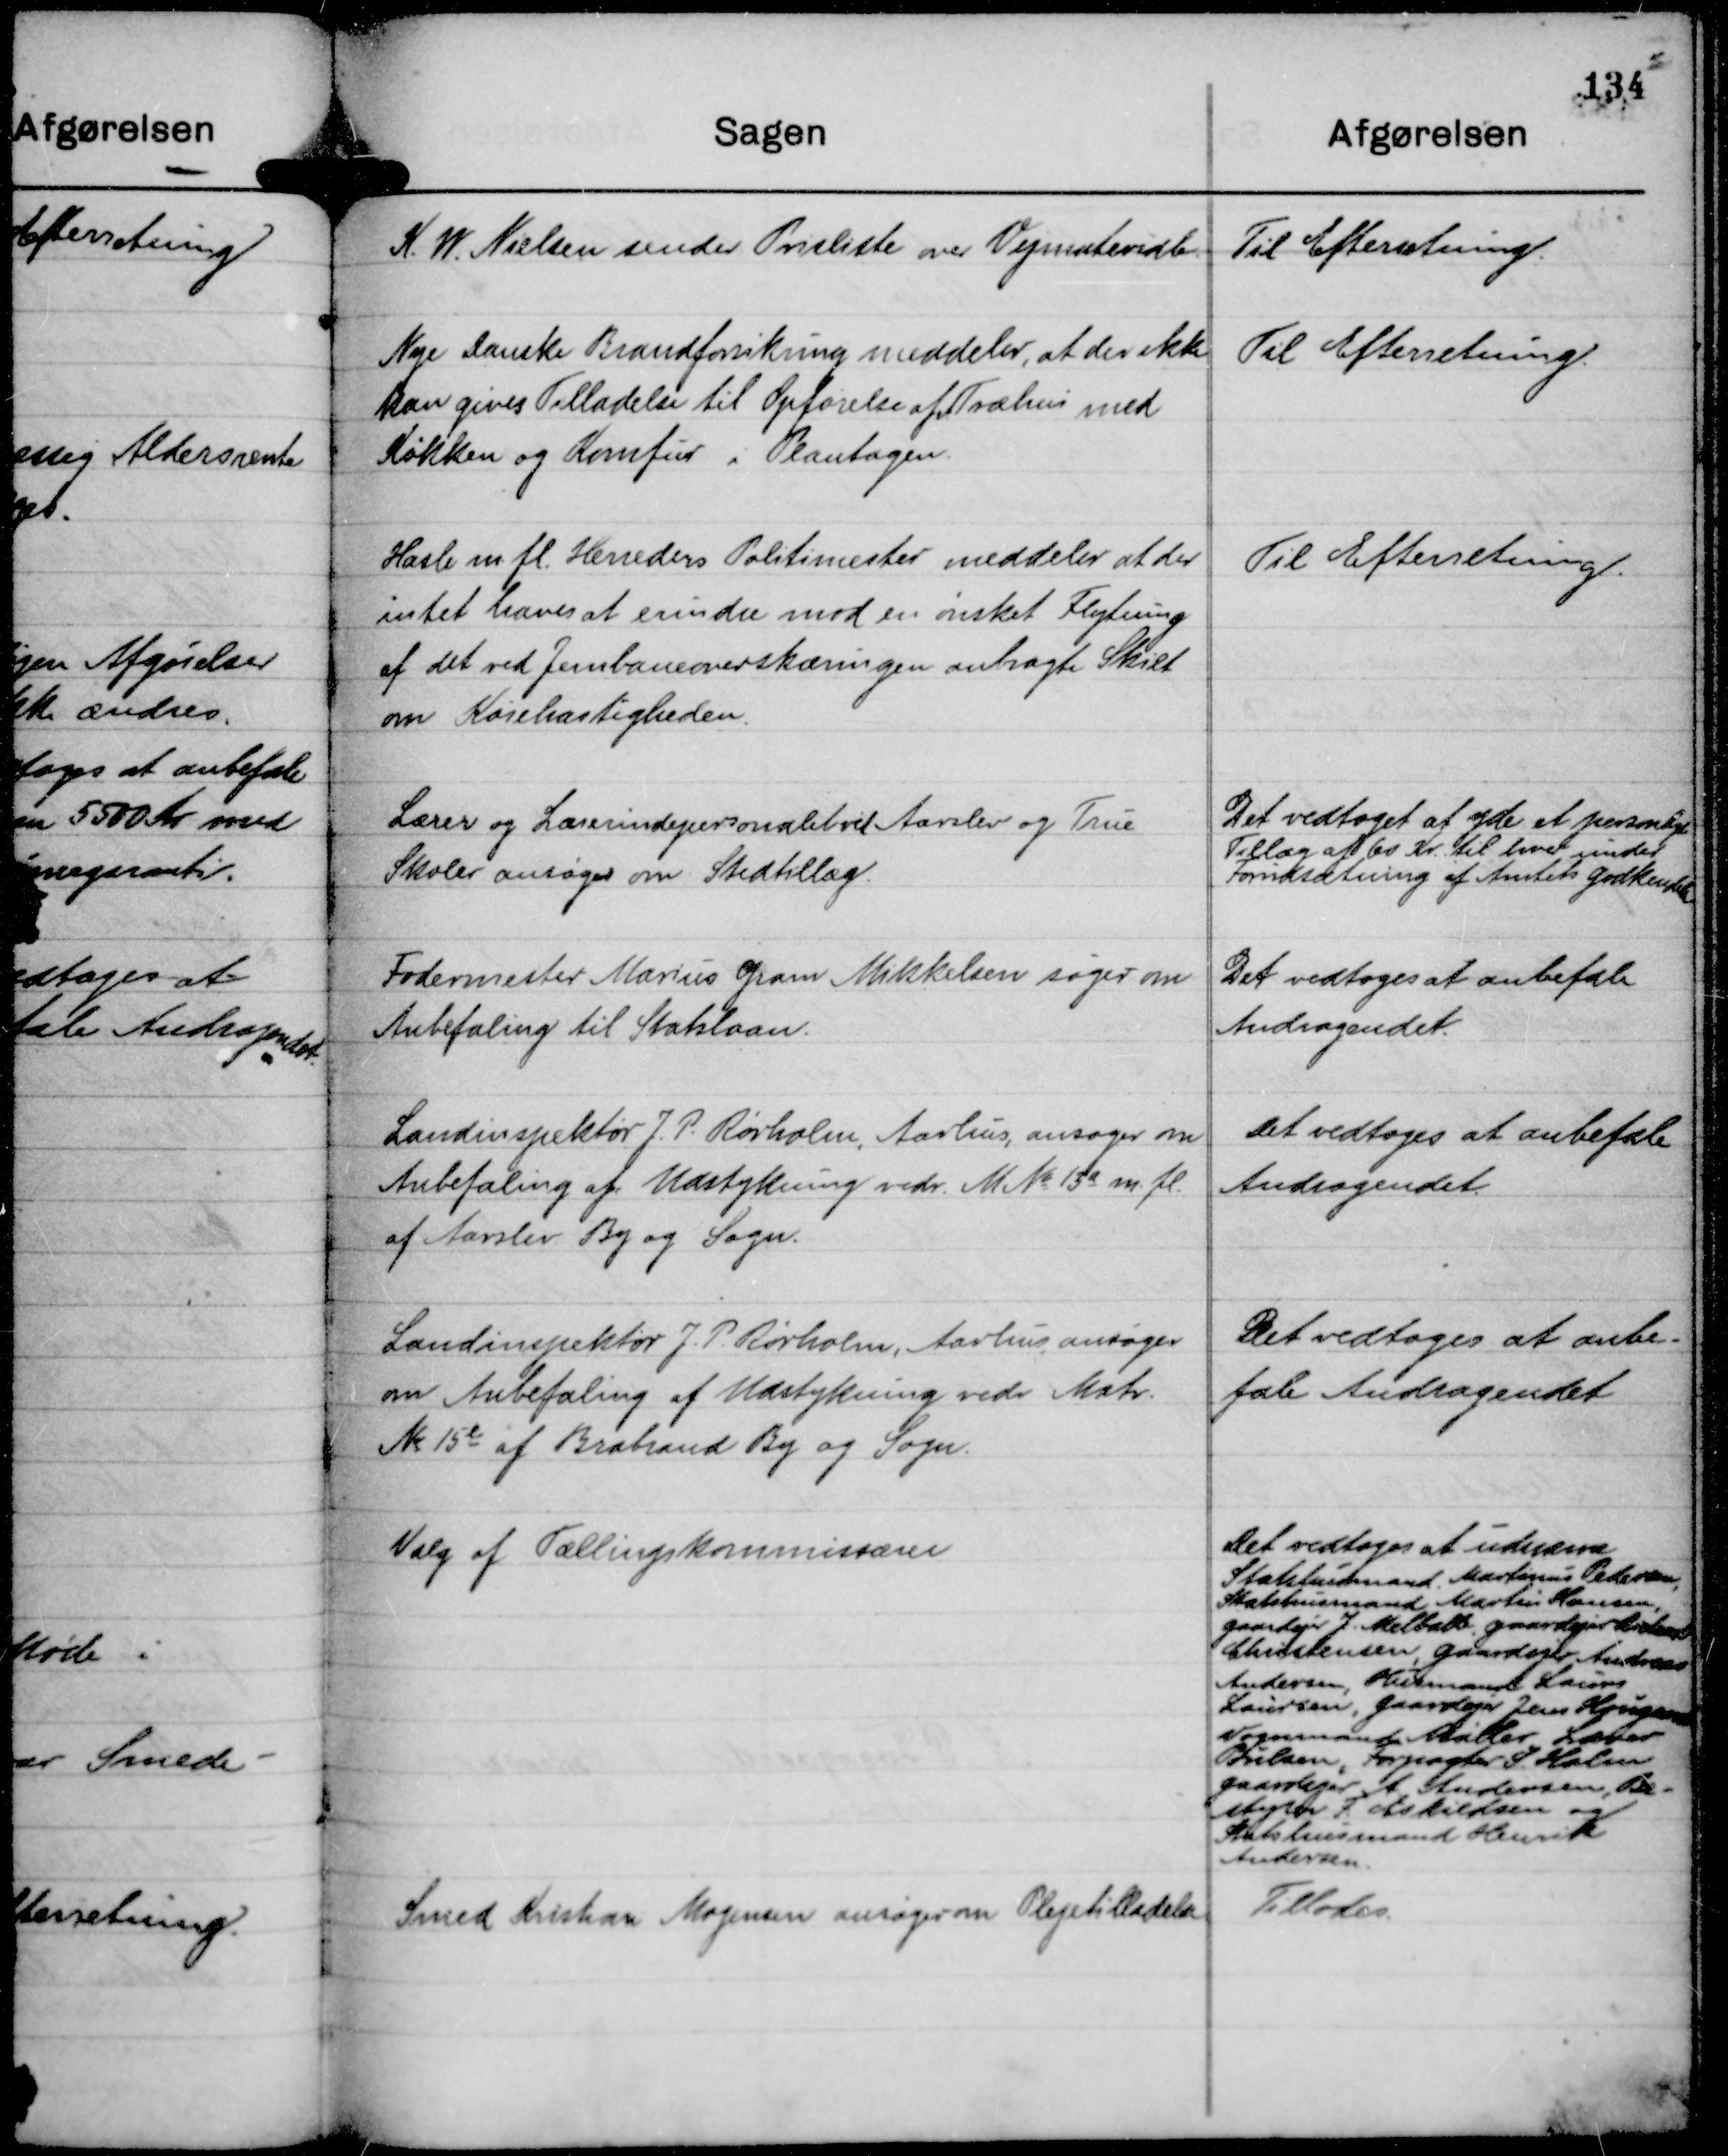
Transskription:
K W Nielsen sender Prisliste over Vejmateriale.

Til Efterretning.

Nye Danske Brandforsikring meddeler, at der ikke
kan gives Tilladelse til Opførelse af Træhus med
Køkken og Komfur i Plantagen.

Til Efterretning.

Hasle m. fl. Herreders Politimester meddeler at der
intet haves at erindre mod en ønsket Flytning
af det ved Jernbaneoverskæringen anbragte Skilt
om Kørehastigheden.

Til Efterretning.

Lærer og Lærerindepersonalet ved Aarslev og True
Skoler ansøger om Stedtillæg.

Det vedtoget at yde et personligt
Tillæg af 60 Kr. til hver under
Forudsætning af Amtets godkendelse

Fodermester Marius Gram Mikkelsen søger om
Anbefaling til Statslaan.

Det vedtoges at anbefale
Andragendet.

Landinspektør J. P. Rørholm, Aarhus ansøger om
Anbefaling af Udstykning vedr. M No 13 a m. fl.
af Aarslev By og Sogn.

Det vedtoges at anbefale
Andragendet.

Landinspektør J. P. Rørholm, Aarhus ansøger
om Anbefaling af Udstykning vedr Matr.
No 15 l af Brabrand By og Sogn.

Det vedtoges at anbe-
fale Andragendet.

Valg af Tællingskommissærer

Det vedtoges at udnævne
Statshusmand . Matinus Pedersen,
Statshusmand Martin Hansen,
gaardejer J. Melballe, gaardejer 
Christensen, gaardejer Andreas
Andersen, Husmand Laurs
Laursen, gaardejer Jens Hougaard
Vognmand Møller, Lærer
Poulsen, Forpagter S. Holm
gaardejer A Andersen, Be-
styrer F. Eskildsen og 
Statshusmand Henrik
Andersen.

Smed Kristian Mogensen ansøger om Plejetilladelse

Tillodes.